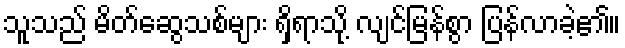
သူသည် မိတ်ဆွေသစ်များ ရှိရာသို့ လျင်မြန်စွာ ပြန်လာခဲ့၏။